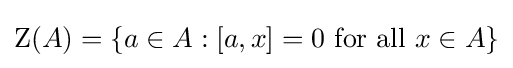
\mathrm {Z} (A)=\{a\in A:[a,x]=0{\text{ for all }}x\in A\}